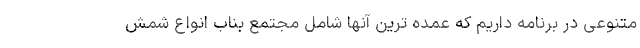
متنوعی در برنامه داریم که عمده ترین آنها شامل مجتمع بناب انواع شمش